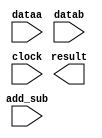
module mylpm_addsub (
	add_sub,
	dataa,
	datab,
	clock,
	result);

	input	  add_sub;
	input	[15:0]  dataa;
	input	[15:0]  datab;
	input	  clock;
	output	[15:0]  result;

endmodule